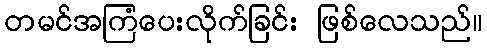
တမင်အကြံပေးလိုက်ခြင်း ဖြစ်လေသည်။